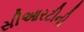
સીઆરટીની